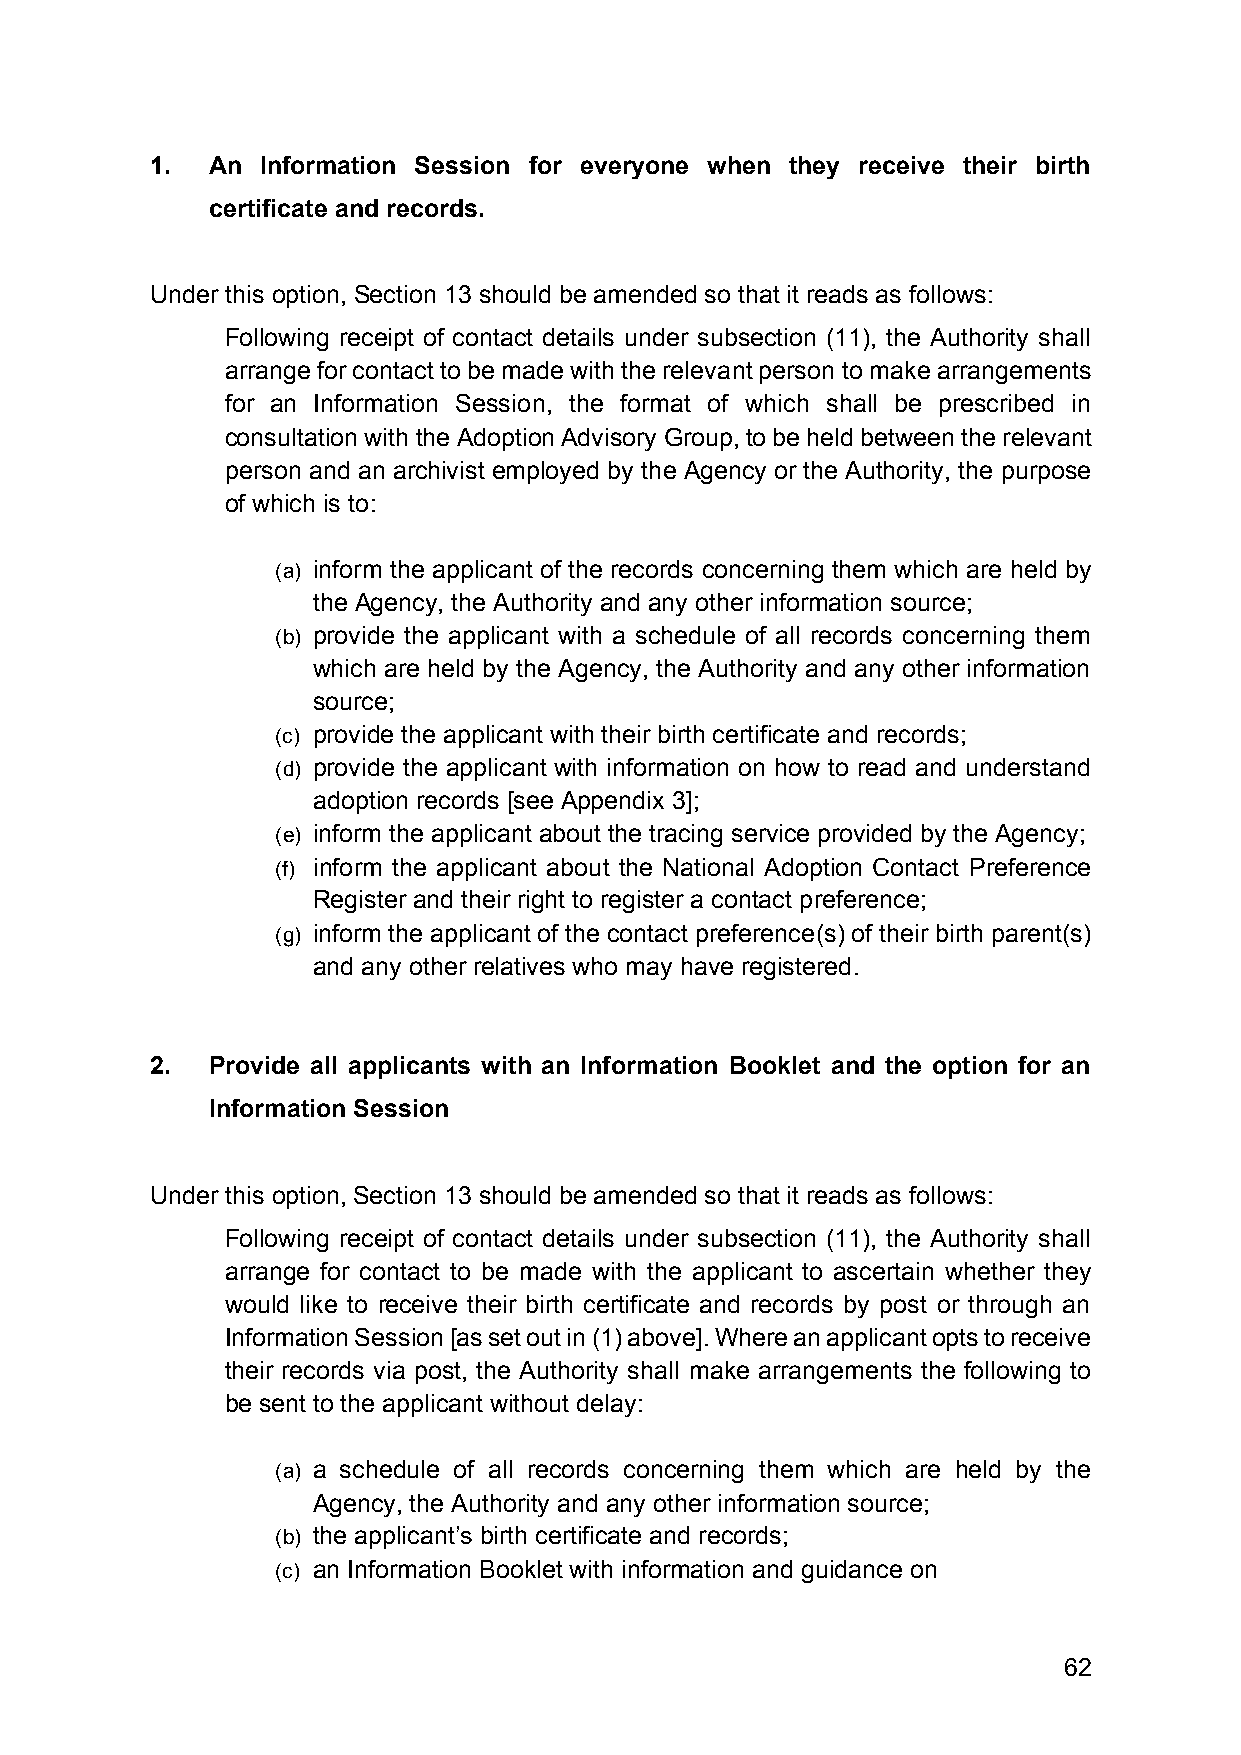
1.  An Information Session for everyone when they receive their birth
 certificate and records.
 Under this option, Section 13 should be amended so that it reads as follows:
 Following receipt of contact details under subsection (11), the Authority shall
 arrange for contact to be made with the relevant person to make arrangements
 for an Information Session, the format of which shall be prescribed in
 consultation with the Adoption Advisory Group, to be held between the relevant
 person and an archivist employed by the Agency or the Authority, the purpose
 of which is to:
 (a) inform the applicant of the records concerning them which are held by
 the Agency, the Authority and any other information source;
 (b) provide the applicant with a schedule of all records concerning them
 which are held by the Agency, the Authority and any other information
 source;
 (c) provide the applicant with their birth certificate and records;
 (d) provide the applicant with information on how to read and understand
 adoption records [see Appendix 3];
 (e) inform the applicant about the tracing service provided by the Agency;
 (f) inform the applicant about the National Adoption Contact Preference
 Register and their right to register a contact preference;
 (g) inform the applicant of the contact preference(s) of their birth parent(s)
 and any other relatives who may have registered.
 2.  Provide all applicants with an Information Booklet and the option for an
 Information Session
 Under this option, Section 13 should be amended so that it reads as follows:
 Following receipt of contact details under subsection (11), the Authority shall
 arrange for contact to be made with the applicant to ascertain whether they
 would like to receive their birth certificate and records by post or through an
 Information Session [as set out in (1) above]. Where an applicant opts to receive
 their records via post, the Authority shall make arrangements the following to
 be sent to the applicant without delay:
 (a) a schedule of all records concerning them which are held by the
 Agency, the Authority and any other information source;
 (b) the applicant’s birth certificate and records;
 (c) an Information Booklet with information and guidance on
 62